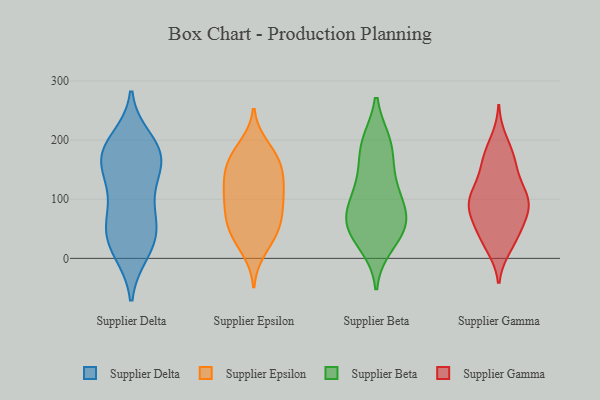
{"axis": {"x": "Revenue (USD Million)", "y": "Value"}, "legend": ["Supplier Beta", "Supplier Delta", "Supplier Epsilon", "Supplier Gamma"], "data": [{"x": "", "y": 200, "type": "Supplier Delta"}, {"x": "", "y": 153, "type": "Supplier Delta"}, {"x": "", "y": 11, "type": "Supplier Delta"}, {"x": "", "y": 182, "type": "Supplier Delta"}, {"x": "", "y": 169, "type": "Supplier Delta"}, {"x": "", "y": 122, "type": "Supplier Delta"}, {"x": "", "y": 71, "type": "Supplier Delta"}, {"x": "", "y": 51, "type": "Supplier Delta"}, {"x": "", "y": 72, "type": "Supplier Delta"}, {"x": "", "y": 14, "type": "Supplier Delta"}, {"x": "", "y": 36, "type": "Supplier Delta"}, {"x": "", "y": 120, "type": "Supplier Delta"}, {"x": "", "y": 175, "type": "Supplier Delta"}, {"x": "", "y": 175, "type": "Supplier Delta"}, {"x": "", "y": 38, "type": "Supplier Delta"}, {"x": "", "y": 180, "type": "Supplier Delta"}, {"x": "", "y": 70, "type": "Supplier Epsilon"}, {"x": "", "y": 190, "type": "Supplier Epsilon"}, {"x": "", "y": 158, "type": "Supplier Epsilon"}, {"x": "", "y": 162, "type": "Supplier Epsilon"}, {"x": "", "y": 135, "type": "Supplier Epsilon"}, {"x": "", "y": 62, "type": "Supplier Epsilon"}, {"x": "", "y": 99, "type": "Supplier Epsilon"}, {"x": "", "y": 71, "type": "Supplier Epsilon"}, {"x": "", "y": 104, "type": "Supplier Epsilon"}, {"x": "", "y": 171, "type": "Supplier Epsilon"}, {"x": "", "y": 179, "type": "Supplier Epsilon"}, {"x": "", "y": 32, "type": "Supplier Epsilon"}, {"x": "", "y": 41, "type": "Supplier Epsilon"}, {"x": "", "y": 128, "type": "Supplier Epsilon"}, {"x": "", "y": 116, "type": "Supplier Epsilon"}, {"x": "", "y": 93, "type": "Supplier Epsilon"}, {"x": "", "y": 47, "type": "Supplier Epsilon"}, {"x": "", "y": 139, "type": "Supplier Epsilon"}, {"x": "", "y": 14, "type": "Supplier Epsilon"}, {"x": "", "y": 78, "type": "Supplier Beta"}, {"x": "", "y": 40, "type": "Supplier Beta"}, {"x": "", "y": 185, "type": "Supplier Beta"}, {"x": "", "y": 80, "type": "Supplier Beta"}, {"x": "", "y": 24, "type": "Supplier Beta"}, {"x": "", "y": 61, "type": "Supplier Beta"}, {"x": "", "y": 57, "type": "Supplier Beta"}, {"x": "", "y": 195, "type": "Supplier Beta"}, {"x": "", "y": 125, "type": "Supplier Beta"}, {"x": "", "y": 103, "type": "Supplier Beta"}, {"x": "", "y": 195, "type": "Supplier Beta"}, {"x": "", "y": 52, "type": "Supplier Beta"}, {"x": "", "y": 138, "type": "Supplier Beta"}, {"x": "", "y": 107, "type": "Supplier Gamma"}, {"x": "", "y": 102, "type": "Supplier Gamma"}, {"x": "", "y": 153, "type": "Supplier Gamma"}, {"x": "", "y": 63, "type": "Supplier Gamma"}, {"x": "", "y": 89, "type": "Supplier Gamma"}, {"x": "", "y": 86, "type": "Supplier Gamma"}, {"x": "", "y": 199, "type": "Supplier Gamma"}, {"x": "", "y": 63, "type": "Supplier Gamma"}, {"x": "", "y": 173, "type": "Supplier Gamma"}, {"x": "", "y": 19, "type": "Supplier Gamma"}, {"x": "", "y": 173, "type": "Supplier Gamma"}, {"x": "", "y": 33, "type": "Supplier Gamma"}, {"x": "", "y": 123, "type": "Supplier Gamma"}, {"x": "", "y": 43, "type": "Supplier Gamma"}, {"x": "", "y": 98, "type": "Supplier Gamma"}, {"x": "", "y": 93, "type": "Supplier Gamma"}, {"x": "", "y": 26, "type": "Supplier Gamma"}, {"x": "", "y": 76, "type": "Supplier Gamma"}, {"x": "", "y": 159, "type": "Supplier Gamma"}, {"x": "", "y": 117, "type": "Supplier Gamma"}]}